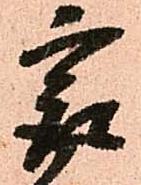
最